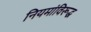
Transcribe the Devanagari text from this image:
नियमांविरूद्ध